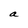
Character: a